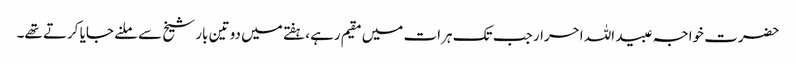
حضرت خواجہ عبید اللہ احرار جب تک ہرات میں مقیم رہے، ہفتے میں دو تین بار شیخ سے ملنے جایا کرتے تھے۔